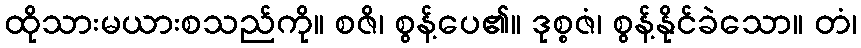
ထိုသားမယားစသည်ကို။ စဇိ၊ စွန့်ပေ၏။ ဒုစ္စဇံ၊ စွန့်နိုင်ခဲသော။ တံ၊